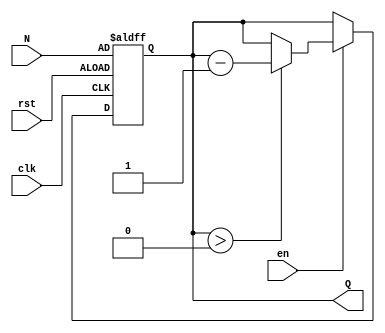
module down_counter(
    input wire clk,        // Clock signal
    input wire en,        // Enable signal
    input wire rst,       // Reset signal
    input wire [7:0] N,   // Initial count value (8-bit)
    output reg [7:0] Q    // Current count value (8-bit)
);

    // Asynchronous reset behavior
    always @(posedge clk or posedge rst) begin
        if (rst) begin
            Q <= N;           // Reset to initial value N
        end else if (en) begin
            if (Q > 0) begin
                Q <= Q - 1;   // Decrement the counter
            end
            // If Q is already 0, it remains 0
        end
        // If enable is low, do nothing (hold the value)
    end

endmodule